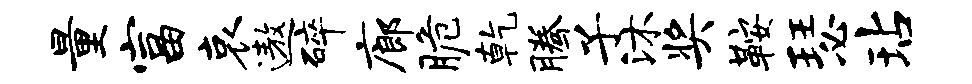
量富哀遨碎廊脆乾腾子沐奖鞍瑟玷